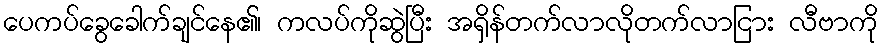
ပေကပ်ခွေခေါက်ချင်နေ၏၊ ကလပ်ကိုဆွဲပြီး အရှိန်တက်လာလိုတက်လာငြား လီဗာကို